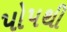
પોપથી